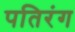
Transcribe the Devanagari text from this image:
पतिरंग